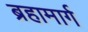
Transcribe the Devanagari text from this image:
ब्रहामार्ग